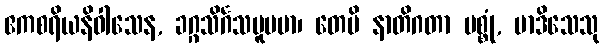
ဧကစရိယနိဝါသေန, ခဂ္ဂသိင်္ဂသမူပမာ၊ တေပိ နာတိဂတာ မစ္စုံ, မာဒိသေသု